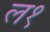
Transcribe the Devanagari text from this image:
ल१